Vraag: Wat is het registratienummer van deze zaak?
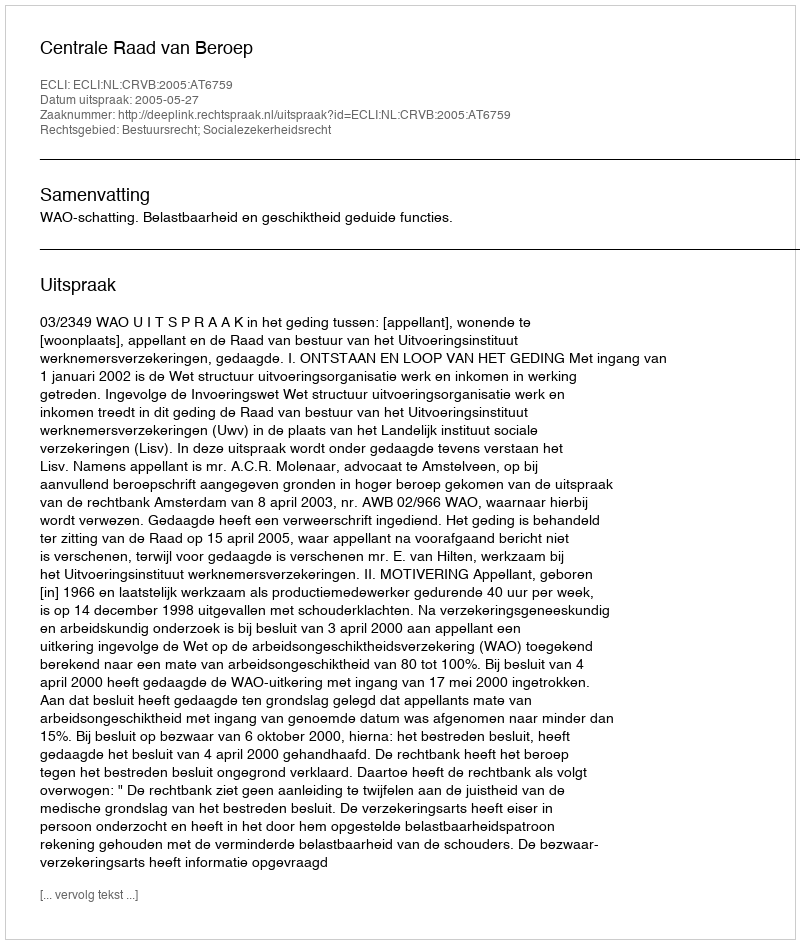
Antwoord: http://deeplink.rechtspraak.nl/uitspraak?id=ECLI:NL:CRVB:2005:AT6759